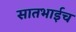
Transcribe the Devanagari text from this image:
सातभाईच